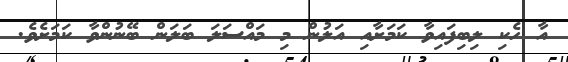
އާ ހެކި ލިބިފައިވާ ކަމަށާއި އަލުން މި މައްސަލަ ބަލަން ބޭނުންވާ ކަމަށެވެ.